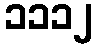
၁၁၁၂